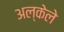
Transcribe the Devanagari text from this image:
अल्केले